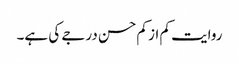
روایت کم از کم حسن درجے کی ہے۔